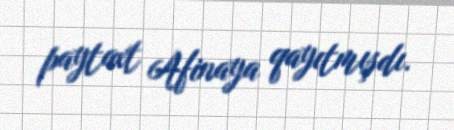
paytaxt Afinaya qayıtmışdı.